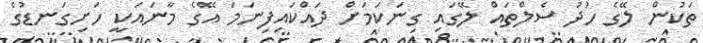
ތަކުން ލޭގެ ހުދު ސެލްތައް ލޭގައި ގިނަކަމަށް ދައްކައިފިނަމަ އޭގެ މާނައަކީ ހަށިގަނޑުގެ